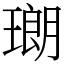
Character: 𤨡